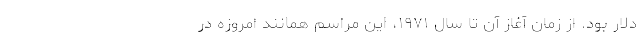
دلار بود. از زمان آغاز آن تا سال ۱۹۷۱، این مراسم همانند امروزه در